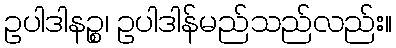
ဥပါဒါနဉ္စ၊ ဥပါဒါန်မည်သည်လည်း။